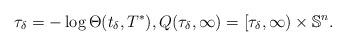
LaTeX: \begin{align*}\tau_\delta = - \log \Theta(t_\delta, T^*), Q(\tau_\delta, \infty) = [\tau_\delta, \infty) \times \mathbb{S}^n.\end{align*}